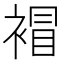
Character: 𧛕